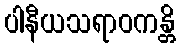
ပါနီယသရာဝကန္တိ